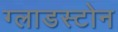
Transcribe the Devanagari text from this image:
ग्लाडस्टोन